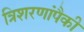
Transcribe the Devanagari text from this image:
त्रिशरणांपैकी